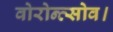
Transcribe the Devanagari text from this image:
वोरोन्त्सोव।